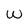
Character: W